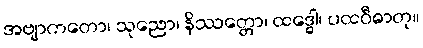
အဗျာကတော၊ သုညော၊ နိဿတ္တော၊ ထဒ္ဓေါ၊ ပထဝီဓာတု။